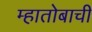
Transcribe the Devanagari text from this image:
म्हातोबाची